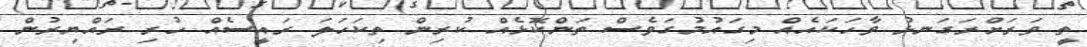
ތީ ވަރަށްރަގަނޅު ވާހަކައެއް މިގައުމުގަވެސް ތަންކޮޅެއް ކުރިން ތިކަހަލަ ރައީސެއް ހުރި ރައްޔިރުން